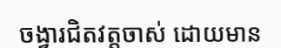
ចង្វារជិតវត្តចាស់ ដោយមាន